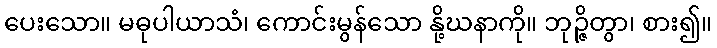
ပေးသော။ မဓုပါယာသံ၊ ကောင်းမွန်သော နို့ဃနာကို။ ဘုဉ္ဇိတွာ၊ စား၍။